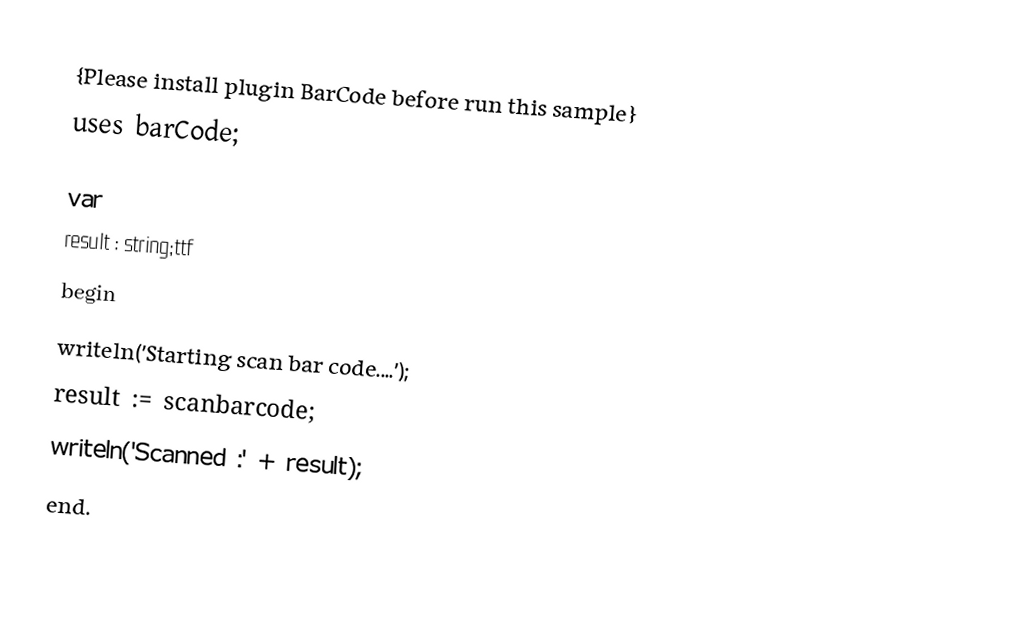
{Please install plugin BarCode before run this sample}
uses barCode;

var
  result : string;ttf
begin
  writeln('Starting scan bar code....');
  result := scanbarcode;
  writeln('Scanned :' + result);
end.